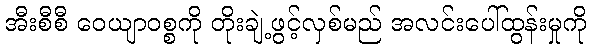
အီးစီစီ ဝေယျာဝစ္စကို တိုးချဲ့ဖွင့်လှစ်မည် အလင်းပေါ်ထွန်းမှုကို